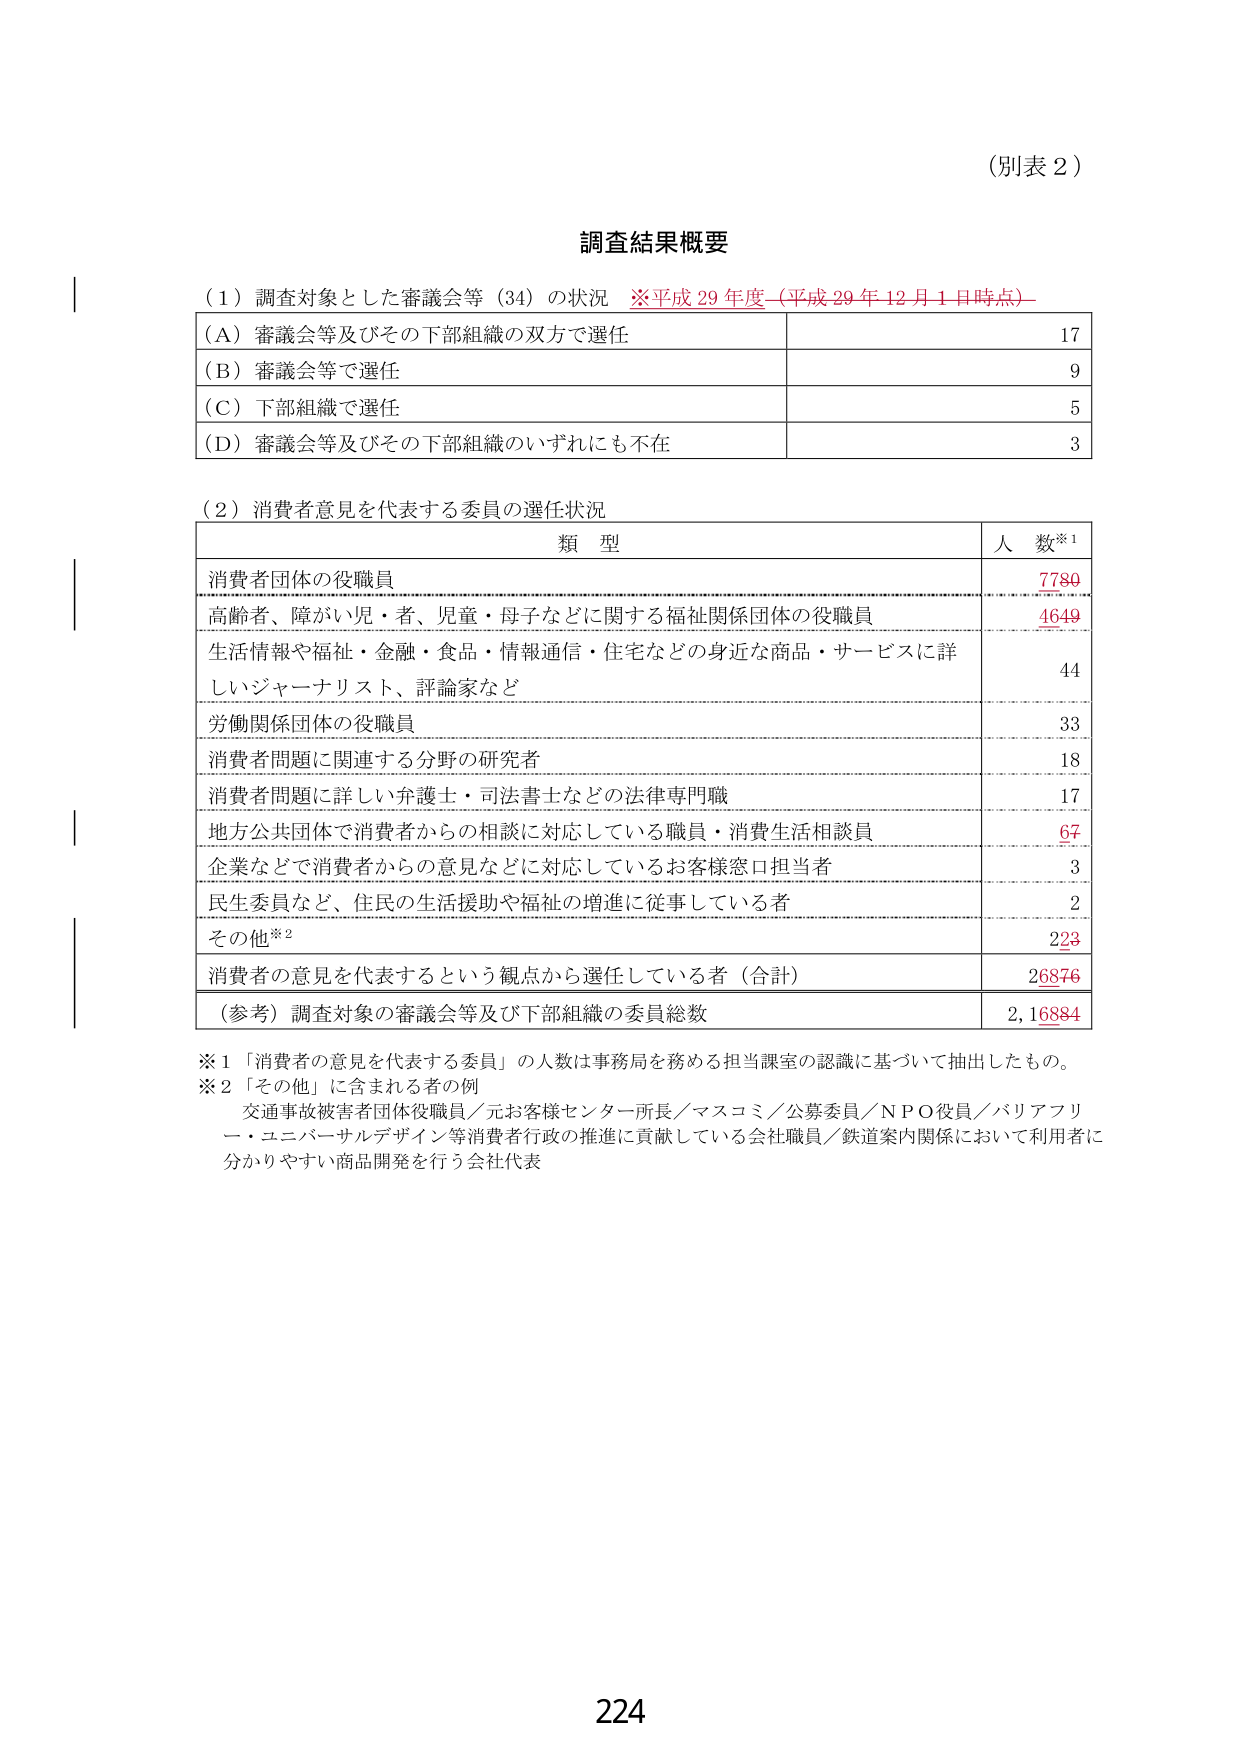
（別表２）

調査結果概要

（１）調査対象とした審議会等（34）の状況　※平成29年度（平成29年12月1日時点）

（A）審議会等及びその下部組織の双方で選任　　　　　　　　　　　　　　　　　　　17
（B）審議会等で選任　　　　　　　　　　　　　　　　　　　　　　　　　　　　　　9
（C）下部組織で選任　　　　　　　　　　　　　　　　　　　　　　　　　　　　　　5
（D）審議会等及びその下部組織のいずれにも不在　　　　　　　　　　　　　　　　3

（２）消費者意見を代表する委員の選任状況

　　　　　　　　　　　　　　　　類　型　　　　　　　　　　　　　　　　　　人数※1

消費者団体の役職員　　　　　　　　　　　　　　　　　　　　　　　　　　　　7780
高齢者、障がい児・者、児童・母子などに関する福祉関係団体の役職員　　　　4649
生活情報や福祉・金融・食品・情報通信・住宅などの身近な商品・サービスに詳
しいジャーナリスト、評論家など　　　　　　　　　　　　　　　　　　　　　　44
労働関係団体の役職員　　　　　　　　　　　　　　　　　　　　　　　　　　　33
消費者問題に関連する分野の研究者　　　　　　　　　　　　　　　　　　　　　18
消費者問題に詳しい弁護士・司法書士などの法律専門職　　　　　　　　　　　17
地方公共団体で消費者からの相談に対応している職員・消費生活相談員　　　　67
企業などで消費者からの意見などに対応しているお客様窓口担当者　　　　　　3
民生委員など、住民の生活援助や福祉の増進に従事している者　　　　　　　　2
その他※2　　　　　　　　　　　　　　　　　　　　　　　　　　　　　　　　223
消費者の意見を代表するという観点から選任している者（合計）　　　　　　26876
（参考）調査対象の審議会等及び下部組織の委員総数　　　　　　　　　　　　2,16884

※1 「消費者の意見を代表する委員」の人数は事務局を務める担当課室の認識に基づいて抽出したもの。
※2 「その他」に含まれる者の例
　交通事故被害者団体役職員／元お客様センター所長／マスコミ／公募委員／NPO役員／バリアフリー・ユニバーサルデザイン等消費者行政の推進に貢献している会社職員／鉄道案内関係において利用者に分かりやすい商品開発を行う会社代表

224